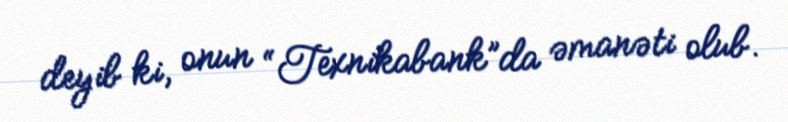
deyib ki, onun “Texnikabank”da əmanəti olub.